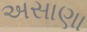
અસાણા